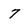
Character: 7